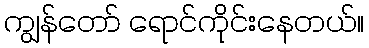
ကျွန်တော် ရောင်ကိုင်းနေတယ်။